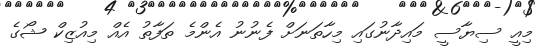
މިއީ ސިޔާސީ މައިދާނުގައި މިހާތަނަށް ފެނުނު އެންމެ ތަފާތު އެއް މިއުޒިކް ޝޯގެ